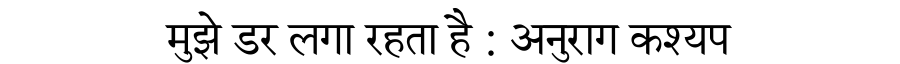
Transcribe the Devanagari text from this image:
मुझे डर लगा रहता है : अनुराग कश्यप